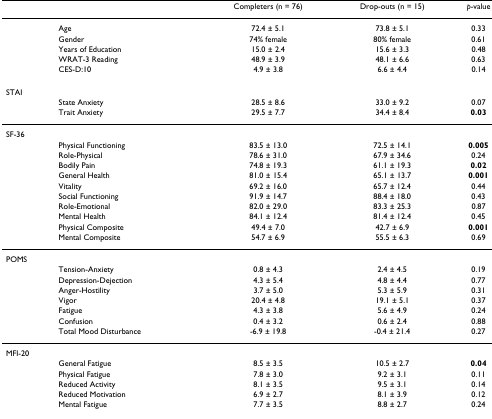
<table><thead><tr><td>[EMPTY_CELL]</td><td>[EMPTY_CELL]</td><td><b>Completers (n = 76)</b></td><td><b>Drop-outs (n = 15)</b></td><td><b><i>p</i>-value</b></td></tr></thead><tbody><tr><td>[EMPTY_CELL]</td><td>Age</td><td>72.4 ± 5.1</td><td>73.8 ± 5.1</td><td>0.33</td></tr><tr><td>[EMPTY_CELL]</td><td>Gender</td><td>74% female</td><td>80% female</td><td>0.61</td></tr><tr><td>[EMPTY_CELL]</td><td>Years of Education</td><td>15.0 ± 2.4</td><td>15.6 ± 3.3</td><td>0.48</td></tr><tr><td>[EMPTY_CELL]</td><td>WRAT-3 Reading</td><td>48.9 ± 3.9</td><td>48.1 ± 6.6</td><td>0.63</td></tr><tr><td>[EMPTY_CELL]</td><td>CES-D:10</td><td>4.9 ± 3.8</td><td>6.6 ± 4.4</td><td>0.14</td></tr><tr><td>STAI</td><td>[EMPTY_CELL]</td><td>[EMPTY_CELL]</td><td>[EMPTY_CELL]</td><td>[EMPTY_CELL]</td></tr><tr><td>[EMPTY_CELL]</td><td>State Anxiety</td><td>28.5 ± 8.6</td><td>33.0 ± 9.2</td><td>0.07</td></tr><tr><td>[EMPTY_CELL]</td><td>Trait Anxiety</td><td>29.5 ± 7.7</td><td>34.4 ± 8.4</td><td><b>0.03</b></td></tr><tr><td>SF-36</td><td>[EMPTY_CELL]</td><td>[EMPTY_CELL]</td><td>[EMPTY_CELL]</td><td>[EMPTY_CELL]</td></tr><tr><td>[EMPTY_CELL]</td><td>Physical Functioning</td><td>83.5 ± 13.0</td><td>72.5 ± 14.1</td><td><b>0.005</b></td></tr><tr><td>[EMPTY_CELL]</td><td>Role-Physical</td><td>78.6 ± 31.0</td><td>67.9 ± 34.6</td><td>0.24</td></tr><tr><td>[EMPTY_CELL]</td><td>Bodily Pain</td><td>74.8 ± 19.3</td><td>61.1 ± 19.3</td><td><b>0.02</b></td></tr><tr><td>[EMPTY_CELL]</td><td>General Health</td><td>81.0 ± 15.4</td><td>65.1 ± 13.7</td><td><b>0.001</b></td></tr><tr><td>[EMPTY_CELL]</td><td>Vitality</td><td>69.2 ± 16.0</td><td>65.7 ± 12.4</td><td>0.44</td></tr><tr><td>[EMPTY_CELL]</td><td>Social Functioning</td><td>91.9 ± 14.7</td><td>88.4 ± 18.0</td><td>0.43</td></tr><tr><td>[EMPTY_CELL]</td><td>Role-Emotional</td><td>82.0 ± 29.0</td><td>83.3 ± 25.3</td><td>0.87</td></tr><tr><td>[EMPTY_CELL]</td><td>Mental Health</td><td>84.1 ± 12.4</td><td>81.4 ± 12.4</td><td>0.45</td></tr><tr><td>[EMPTY_CELL]</td><td>Physical Composite</td><td>49.4 ± 7.0</td><td>42.7 ± 6.9</td><td><b>0.001</b></td></tr><tr><td>[EMPTY_CELL]</td><td>Mental Composite</td><td>54.7 ± 6.9</td><td>55.5 ± 6.3</td><td>0.69</td></tr><tr><td>POMS</td><td>[EMPTY_CELL]</td><td>[EMPTY_CELL]</td><td>[EMPTY_CELL]</td><td>[EMPTY_CELL]</td></tr><tr><td>[EMPTY_CELL]</td><td>Tension-Anxiety</td><td>0.8 ± 4.3</td><td>2.4 ± 4.5</td><td>0.19</td></tr><tr><td>[EMPTY_CELL]</td><td>Depression-Dejection</td><td>4.3 ± 5.4</td><td>4.8 ± 4.4</td><td>0.77</td></tr><tr><td>[EMPTY_CELL]</td><td>Anger-Hostility</td><td>3.7 ± 5.0</td><td>5.3 ± 5.9</td><td>0.31</td></tr><tr><td>[EMPTY_CELL]</td><td>Vigor</td><td>20.4 ± 4.8</td><td>19.1 ± 5.1</td><td>0.37</td></tr><tr><td>[EMPTY_CELL]</td><td>Fatigue</td><td>4.3 ± 3.8</td><td>5.6 ± 4.9</td><td>0.24</td></tr><tr><td>[EMPTY_CELL]</td><td>Confusion</td><td>0.4 ± 3.2</td><td>0.6 ± 2.4</td><td>0.88</td></tr><tr><td>[EMPTY_CELL]</td><td>Total Mood Disturbance</td><td>-6.9 ± 19.8</td><td>-0.4 ± 21.4</td><td>0.27</td></tr><tr><td>MFI-20</td><td>[EMPTY_CELL]</td><td>[EMPTY_CELL]</td><td>[EMPTY_CELL]</td><td>[EMPTY_CELL]</td></tr><tr><td>[EMPTY_CELL]</td><td>General Fatigue</td><td>8.5 ± 3.5</td><td>10.5 ± 2.7</td><td><b>0.04</b></td></tr><tr><td>[EMPTY_CELL]</td><td>Physical Fatigue</td><td>7.8 ± 3.0</td><td>9.2 ± 3.1</td><td>0.11</td></tr><tr><td>[EMPTY_CELL]</td><td>Reduced Activity</td><td>8.1 ± 3.5</td><td>9.5 ± 3.1</td><td>0.14</td></tr><tr><td>[EMPTY_CELL]</td><td>Reduced Motivation</td><td>6.9 ± 2.7</td><td>8.1 ± 3.9</td><td>0.12</td></tr><tr><td>[EMPTY_CELL]</td><td>Mental Fatigue</td><td>7.7 ± 3.5</td><td>8.8 ± 2.7</td><td>0.24</td></tr></tbody></table>